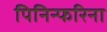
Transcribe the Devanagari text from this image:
पिनिन्फरिना